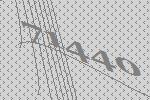
71440